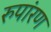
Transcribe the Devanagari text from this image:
रुपांरण